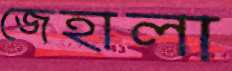
জেহালা